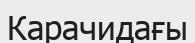
Карачидағы